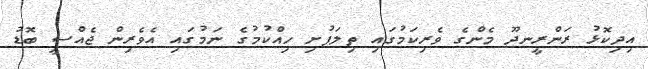
އިދިކޮޅު ރަންރީނދޫ މެންގެ ވެރިކަމުގައި ތިލަފުށި ހިއްކުމުގެ ނަމުގައި އެވެރިން ޖެއްސީ ބޮޑު